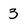
Character: 3